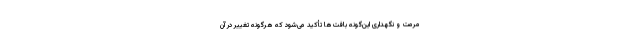
مرمت و نگهداری این‌گونه بافت‌ها تأکید می‌شود که هرگونه تغییر در آن